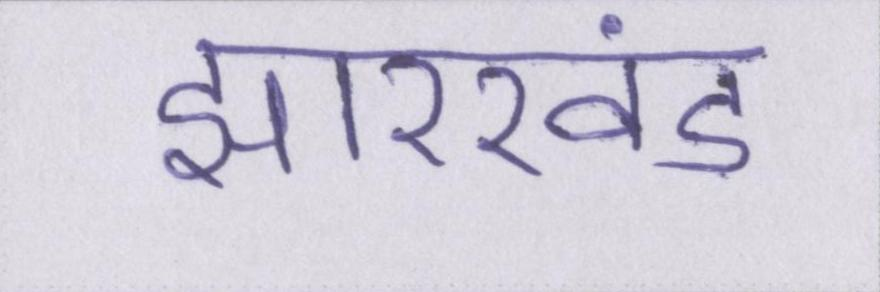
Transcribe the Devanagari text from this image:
झारखंड